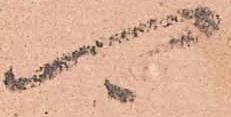
可